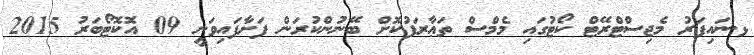
ޅ.ނައިފަރު މެޖިސްޓްރޭޓް ކޯޓުގައި މެމްސް ތަޢާރަފުކޮށް ބޭނުންކުރަން ފަށާފައިވަނީ 09 އޮކޮޓޯބަރު 2015